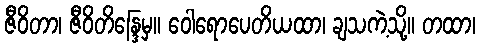
ဇီဝိတာ၊ ဇီဝိတိန္ဒြေမှ။ ဝေါရောပေတိယထာ၊ ချသကဲ့သို့။ တထာ၊